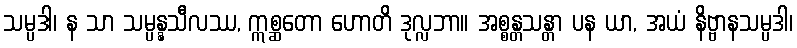
သမ္ပဒါ၊ န သာ သမ္ပန္နသီလဿ, ဣစ္ဆတော ဟောတိ ဒုလ္လဘာ။ အစ္စန္တသန္တာ ပန ယာ, အယံ နိဗ္ဗာနသမ္ပဒါ၊